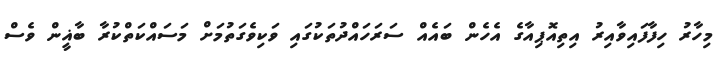
މިހާރު ހިފާފައިވާއިރު އިތިއޮޕިއާގެ އެހެން ބައެއް ސަރަހައްދުތަކުގައި ވަކިވެގަތުމަށް މަސައްކަތްކުރާ ބާޣީން ވެސް